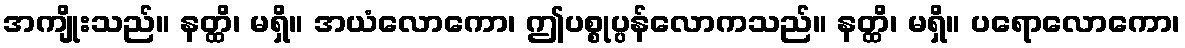
အကျိုးသည်။ နတ္ထိ၊ မရှိ။ အယံလောကော၊ ဤပစ္စုပ္ပန်လောကသည်။ နတ္ထိ၊ မရှိ။ ပရောလောကော၊